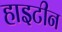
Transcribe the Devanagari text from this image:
हाइटीन